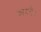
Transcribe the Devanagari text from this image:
कामरी।